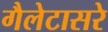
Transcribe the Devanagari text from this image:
गैलेटासरे